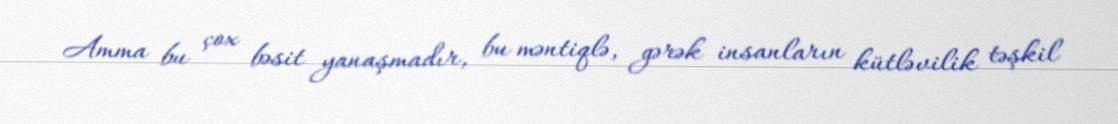
Amma bu çox bəsit yanaşmadır, bu məntiqlə, gərək insanların kütləvilik təşkil